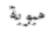
مبوبة